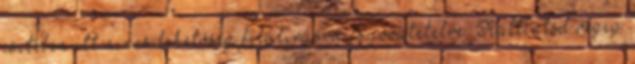
esetében itt nincs lehetőség felülírásra és jóvátételre. Kattintsd végig